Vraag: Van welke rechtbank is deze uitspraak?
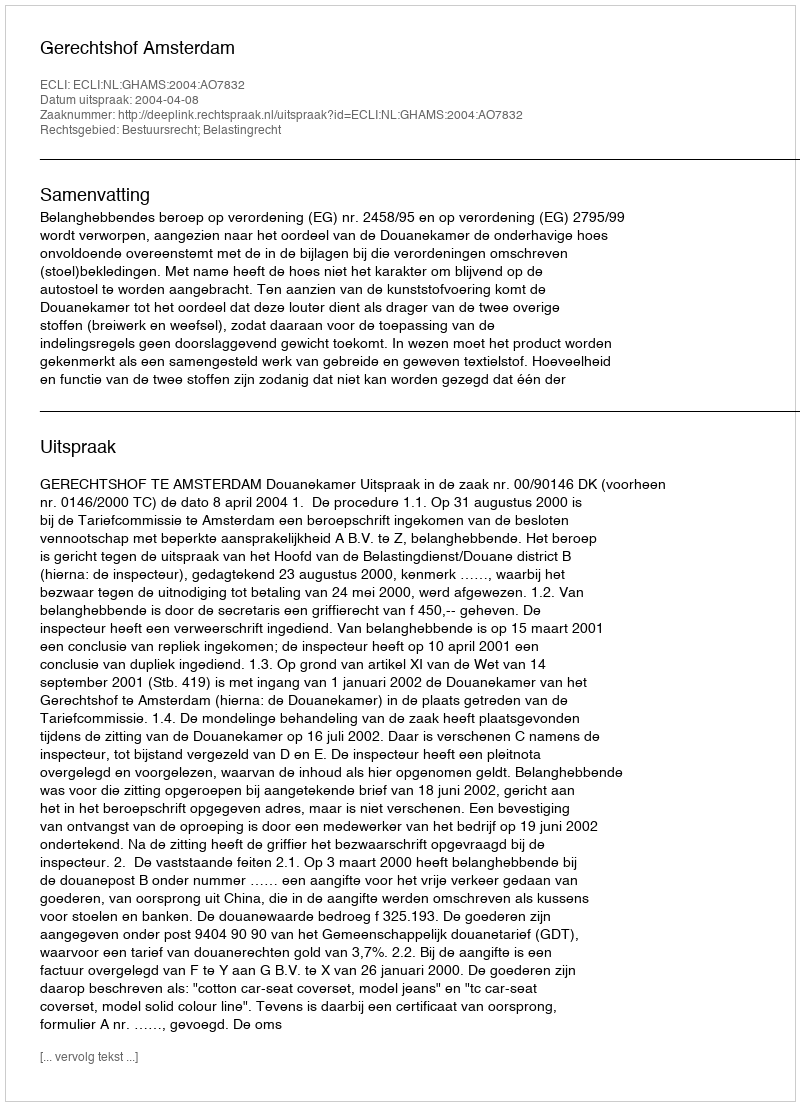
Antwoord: Gerechtshof Amsterdam